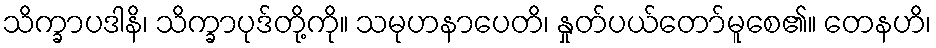
သိက္ခာပဒါနိ၊ သိက္ခာပုဒ်တို့ကို။ သမုဟနာပေတိ၊ နှုတ်ပယ်တော်မူစေ၏။ တေနဟိ၊